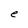
Character: e